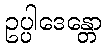
ဥပ္ပါဒေန္တော